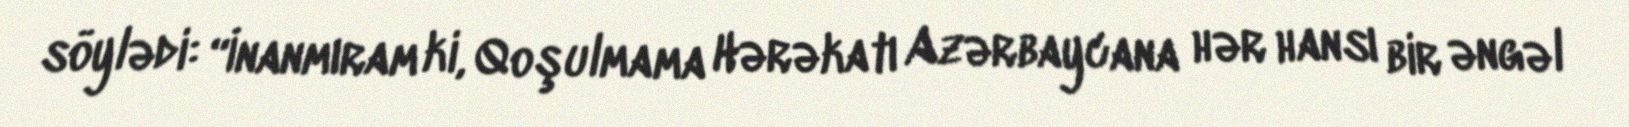
söylədi: “İnanmıram ki, Qoşulmama Hərəkatı Azərbaycana hər hansı bir əngəl